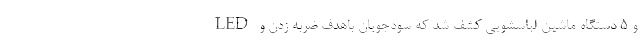
LED و 5 دستگاه ماشین لباسشویی کشف شد که سودجویان باهدف ضربه زدن و